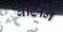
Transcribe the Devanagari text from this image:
बार्टोन